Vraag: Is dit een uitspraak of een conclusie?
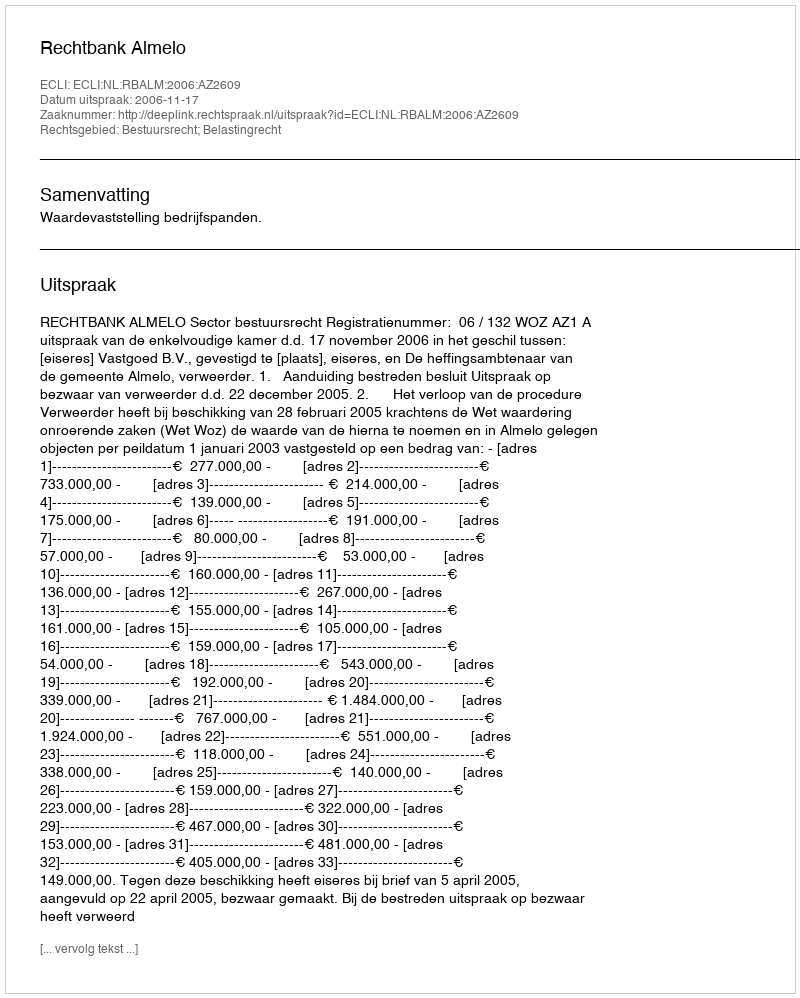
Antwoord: Uitspraak